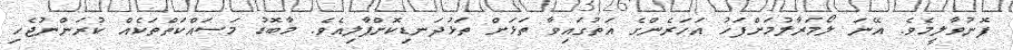
ފޮނުވާލީމެވެ. އޭނަ ލޯމަރާލުމަށްފަހު އަހަރެންގެ އަތުގައިވާ ތަޅަށް ތަޅުދަނޑިކޮށްޕާލިއެވެ. މާބޮޑު މަސައްކަތްތަކެއް ކުރަންނުޖެހި